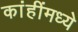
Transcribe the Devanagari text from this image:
कांहींमध्ये